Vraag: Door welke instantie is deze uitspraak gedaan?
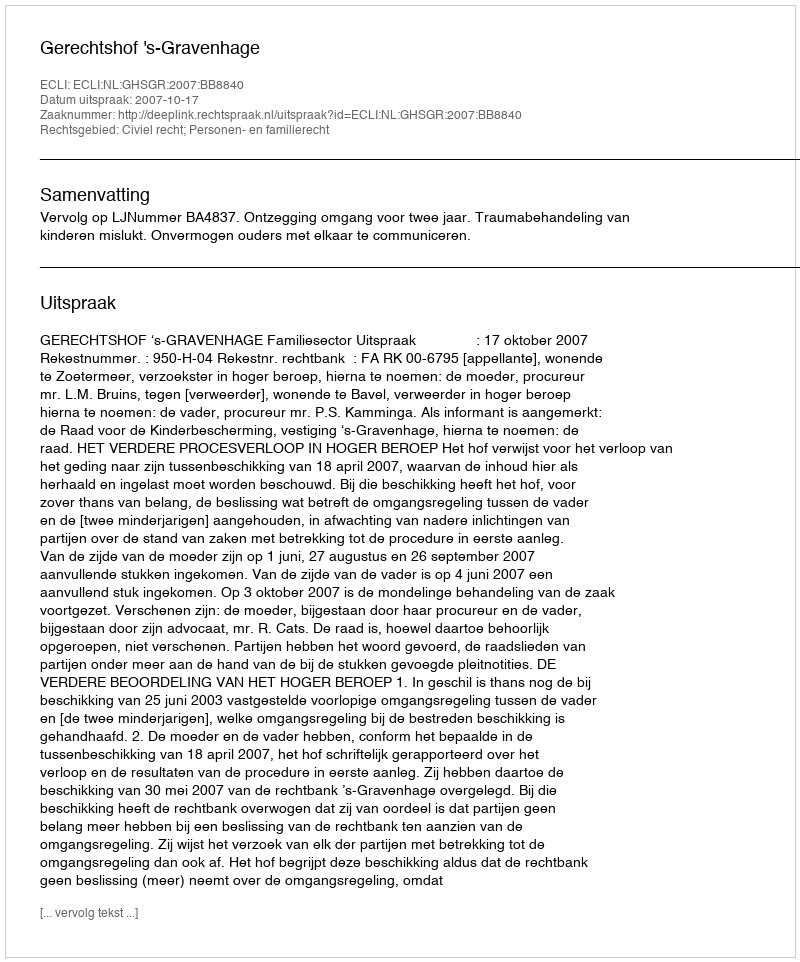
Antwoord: Gerechtshof 's-Gravenhage